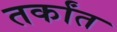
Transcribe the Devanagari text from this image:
तर्कांत